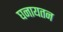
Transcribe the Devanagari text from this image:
घनायतन